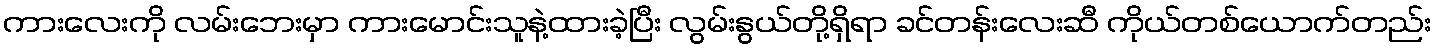
ကားလေးကို လမ်းဘေးမှာ ကားမောင်းသူနဲ့ထားခဲ့ပြီး လွမ်းနွယ်တို့ရှိရာ ခင်တန်းလေးဆီ ကိုယ်တစ်ယောက်တည်း